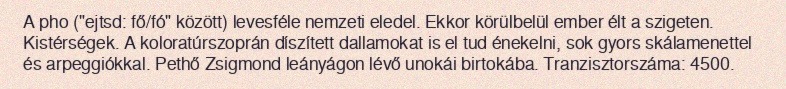
A pho ("ejtsd: fő/fó" között) levesféle nemzeti eledel. Ekkor körülbelül ember élt a szigeten. Kistérségek. A koloratúrszoprán díszített dallamokat is el tud énekelni, sok gyors skálamenettel és arpeggiókkal. Pethő Zsigmond leányágon lévő unokái birtokába. Tranzisztorszáma: 4500.